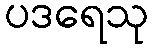
ပဒရေသု